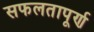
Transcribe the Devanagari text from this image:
सफलतापूर्ण